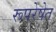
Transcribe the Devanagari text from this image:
रूपरेषेत